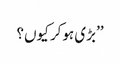
’’بڑی ہوکر کیوں؟